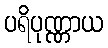
ပရိပုဏ္ဏာယ